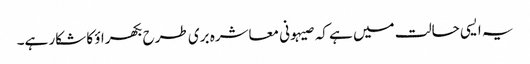
یہ ایسی حالت میں ہے کہ صیہونی معاشرہ بری طرح بکھراؤ کا شکار ہے۔